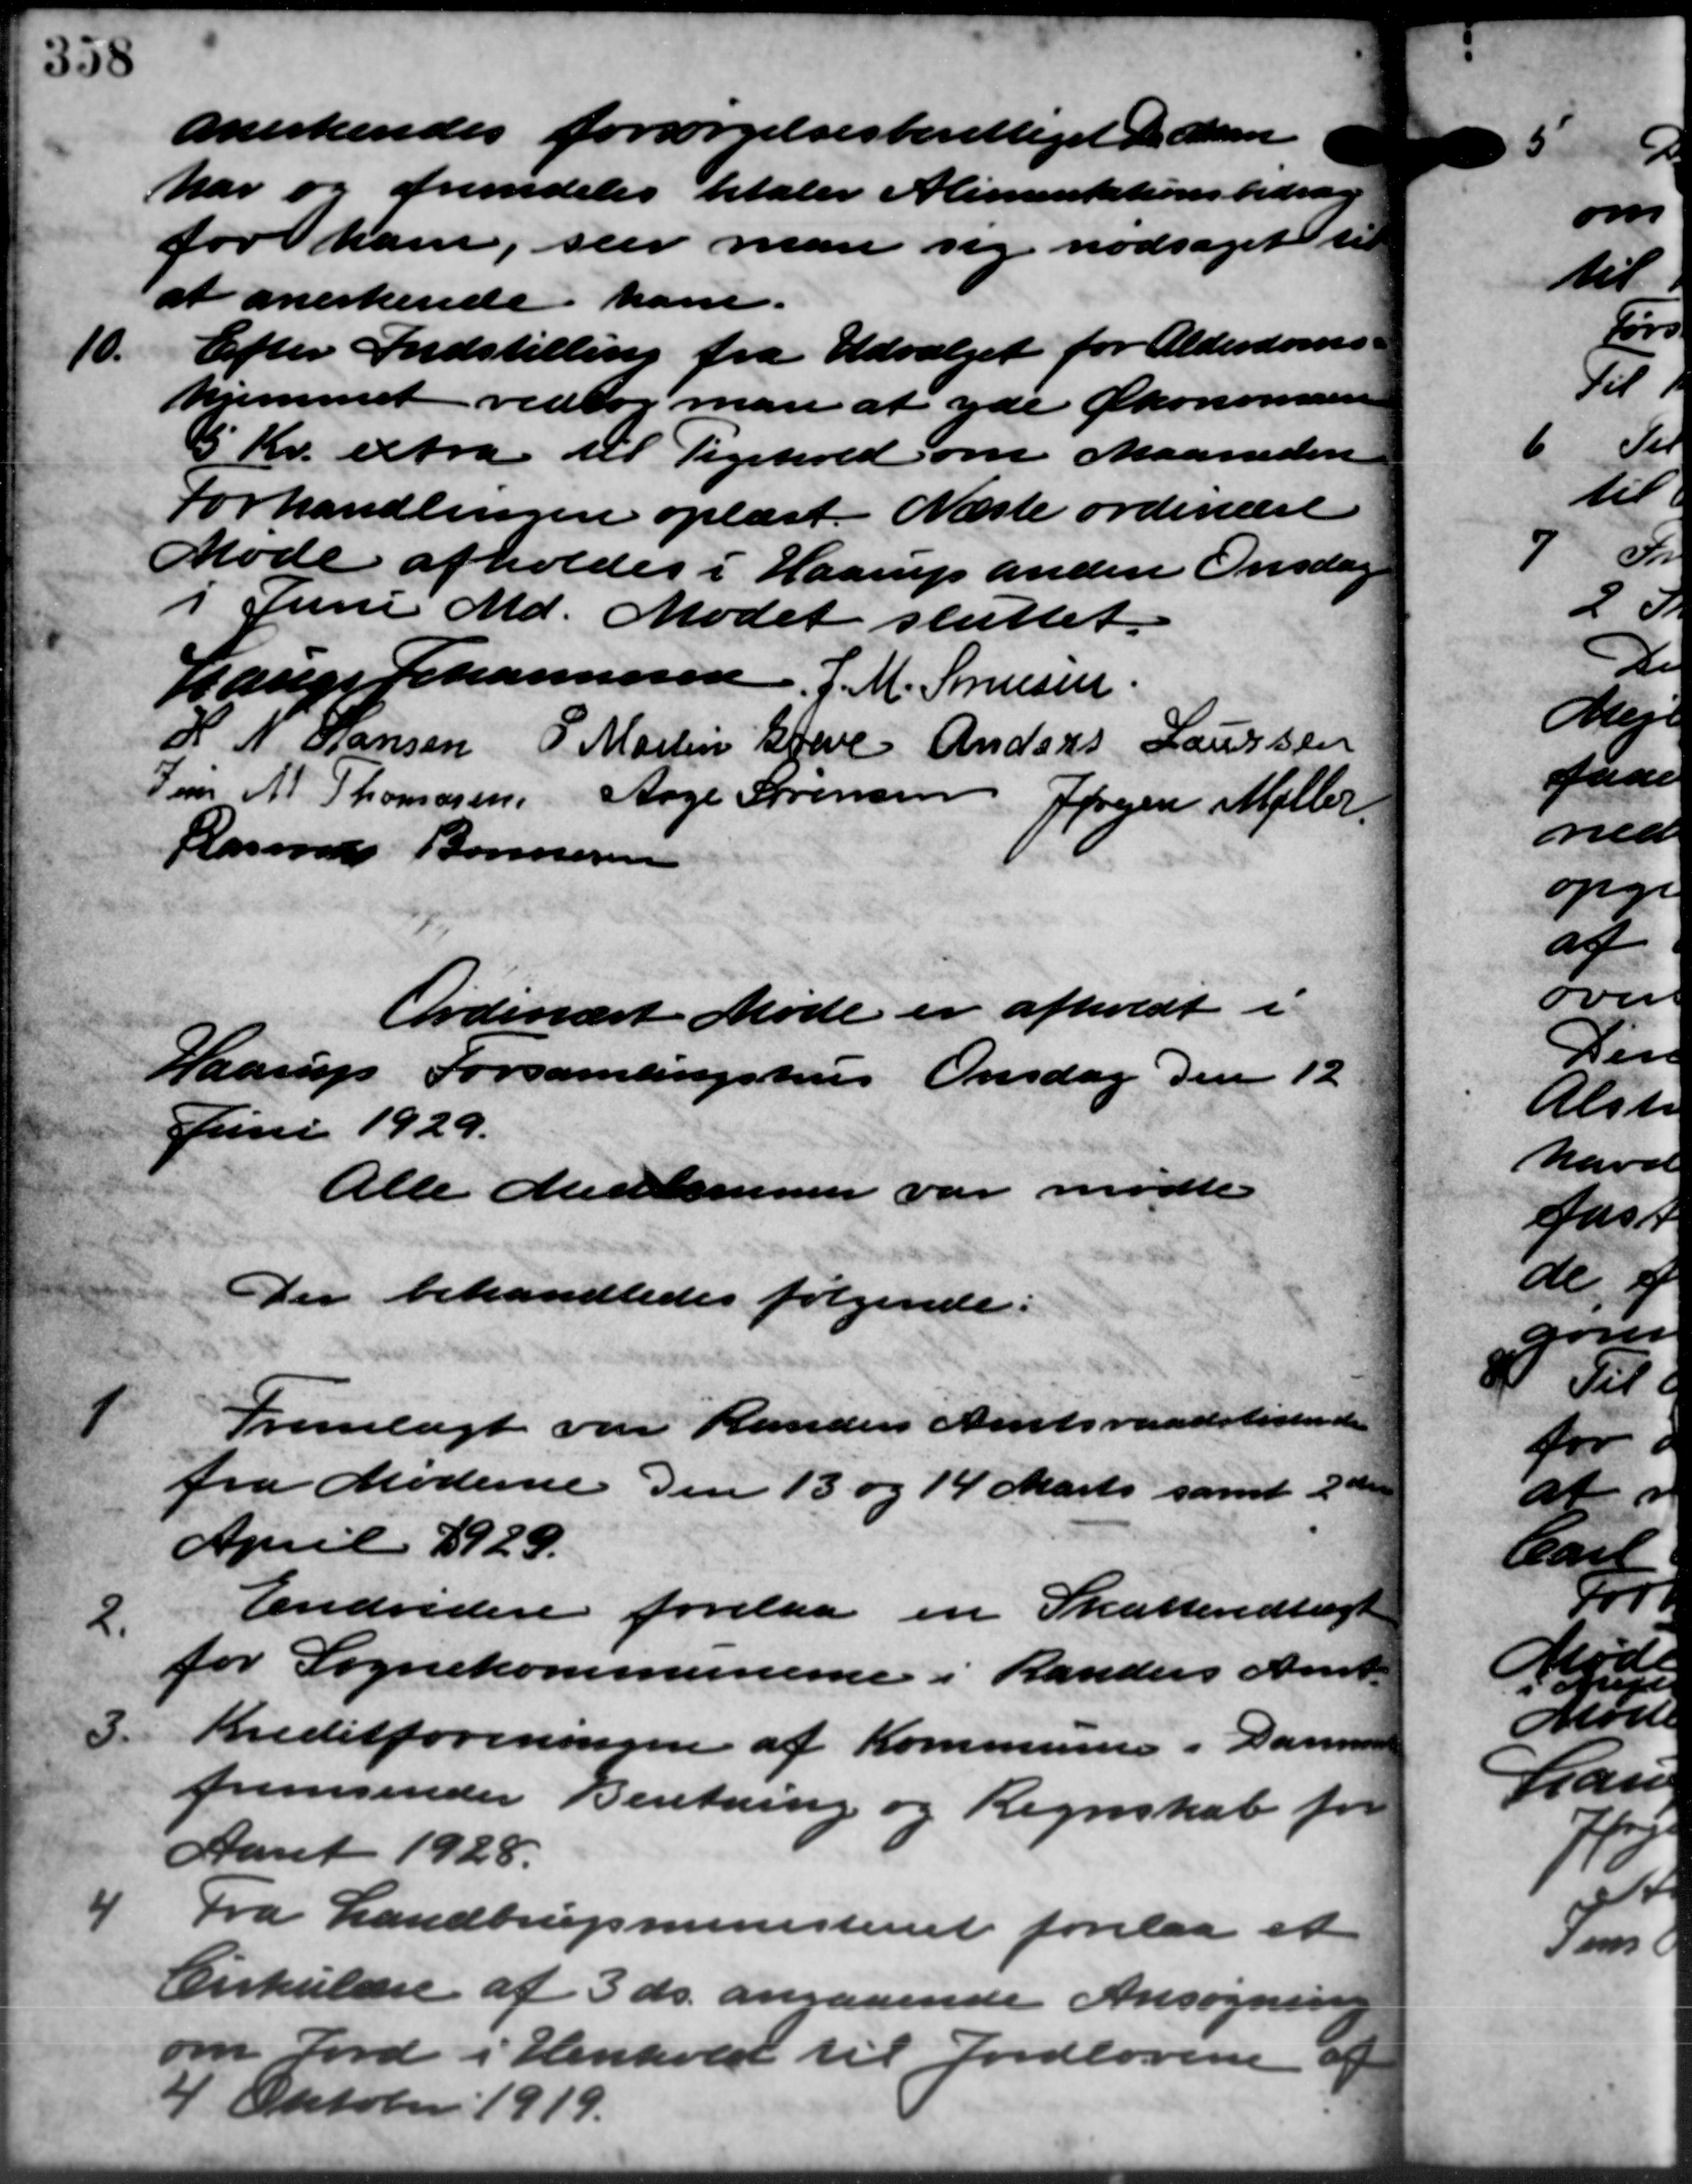
Transskription:
anerkendes forsørgelsesberettiget Man
har og fremdeles betaler Alimentationsbidrag
for ham, seer man sig nødsaget til
at anerkende ham.
10.
Efter Indstilling fra Udvalget for Alderdoms –
hjemmet vedtog man at yde Økonomsen
5 Kr. extra til Tigehold om Maaneden
Forhandlingen oplæst. Næste ordinære
Møde afholdes i Haarup anden Onsdag
I Juni Md. Mødet sluttet.
Lauge Johannesen, J. M. Sørensen
H. N. Hansen P. Martin Greve Anders Laursen
Jen A Thomasen Aage Sørensen Jørgen Møller
Rasmus Bonnesen
Ordinært Møde er afholdt i
Haarup Forsamlingshus Onsdag den 12
Juni 1929.
Alle Medlemmer var mødte
Der behandledes følgende:
1
Fremlagt var Randers Amtsraadstidende
fra Møderne den 13 og 14 Marts samt 2 den
April 1929.
2.
Endvidere forelaa en Skattevedtægt
for Sognekommunerne i Randers Amts
3.
Kreditforeningen af Kommunen i Danmar
fremsender Beretning og Regnskab for
Aaret 1928.
4
Fra Landbrugsministeriet forelaa et
Cirkulære af 3 ds. angaaende Ansøgning
om Jord i Henhold til Jordlovene af
4 Oktober 1919.